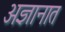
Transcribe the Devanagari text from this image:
अज्ञानात